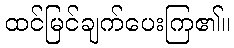
ထင်မြင်ချက်ပေးကြ၏။